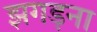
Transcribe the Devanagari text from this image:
झगड़ना